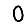
Digit: 0